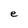
Character: e